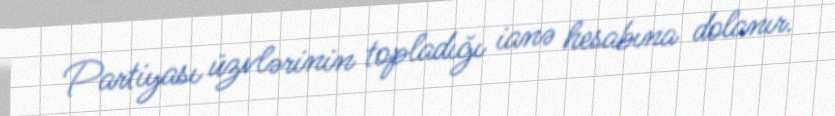
Partiyası üzvlərinin topladığı ianə hesabına dolanır.